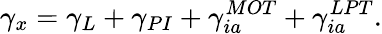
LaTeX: \gamma_{x}=\gamma_{L}+\gamma_{PI}+\gamma_{ia}^{MOT}+\gamma_{ia}^{LPT}.